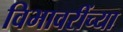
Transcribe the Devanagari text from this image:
विभावरींच्या